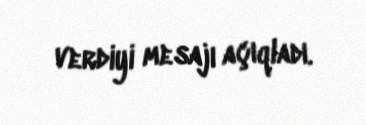
verdiyi mesajı açıqladı.